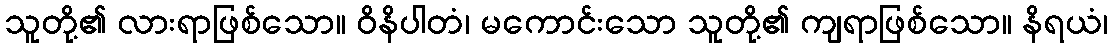
သူတို့၏ လားရာဖြစ်သော။ ဝိနိပါတံ၊ မကောင်းသော သူတို့၏ ကျရာဖြစ်သော။ နိရယံ၊